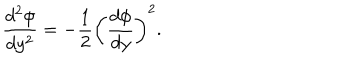
LaTeX: { \frac { d ^ { 2 } \phi } { d y ^ { 2 } } } = - { \frac { 1 } { 2 } } \left( { \frac { d \phi } { d y } } \right) ^ { 2 } .